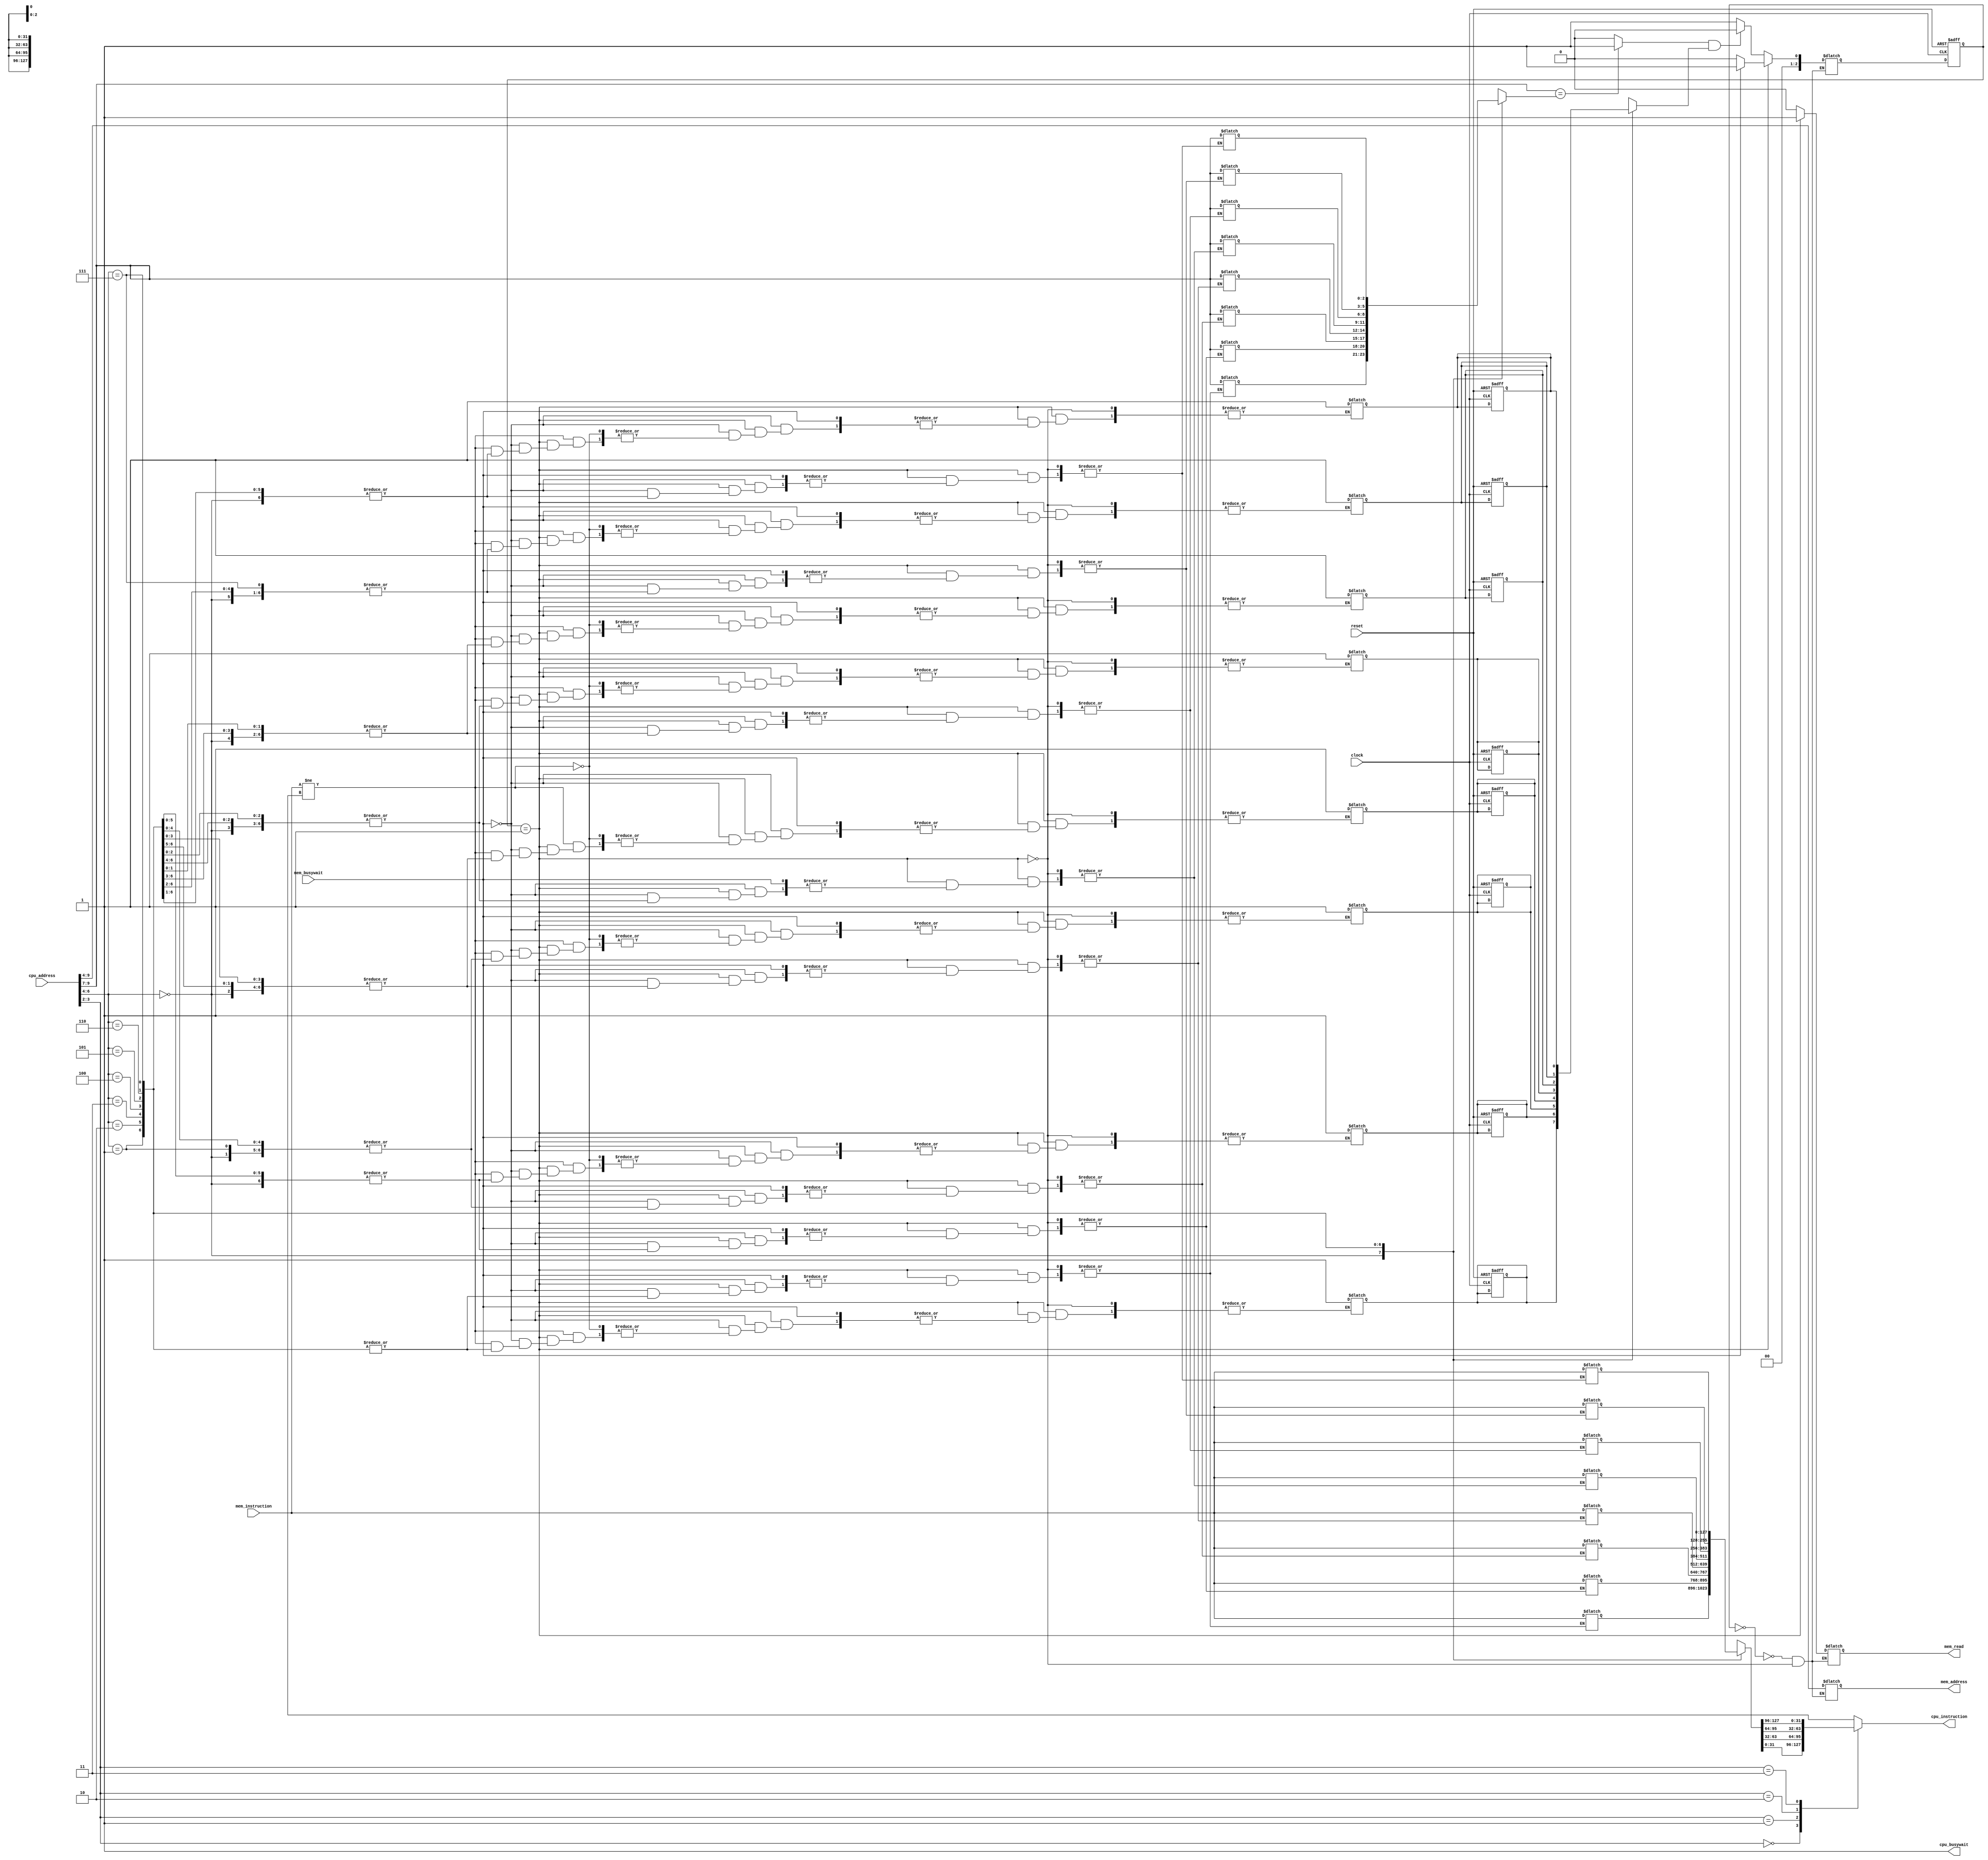
/*
CO224 - Computer Architecture
Lab 06 - Part 3 Instruction cache
Group 32
*/

`timescale 1ns/100ps
module instruction_cache (
    clock, reset, cpu_address, cpu_instruction,cpu_busywait, 
    mem_read, mem_address, mem_instruction, mem_busywait
);

//input port declaration
input clock;
input reset;

//inputs to instruction cache from CPU
input [9:0] cpu_address;

// outputs from instruction cache to CPU
output reg cpu_busywait;
output reg [31:0] cpu_instruction;

// inputs to instruction cache from Memory
input mem_busywait;
input [127:0] mem_instruction;

// outputs from instruction cache to Memory
output reg mem_read;
output reg [5:0] mem_address;

// wires and registers to send and store signals
reg tagMatch;   // checking if the tags match
wire [2:0] tag;     //wire for the tag
wire [2:0] index;   //wire for the index
wire [2:0] cache_tag;   //wire for the cache tag
wire [1:0] offset;  //wire for the offset
wire isHit;    // wire for is hit
reg [31:0] loaded_instruction;  // wire for instruction word delection 

// Arrays for the cache
reg validBitArray [7:0];    //array to store the valid bit
reg [2:0] tagArray [7:0];    //array to store the tag array
reg [127:0] instructionBlockArray [7:0];    //array to store the data block array

// decoding the address to get tag, index, and offset
assign #1 tag = cpu_address[9:7];
assign #1 index = cpu_address[6:4];
assign #1 offset = cpu_address[3:2];

// setting the busywait signal when there is a read 
always @(cpu_address) begin
    cpu_busywait = 1'b1;
end

// assigning the cache tag
assign cache_tag = tagArray[index];

// Doing the tag comparison
always @(index, cache_tag, tag) begin
    #0.9 // delay for tag comparison
    if (tag == cache_tag) begin
        tagMatch = 1;
    end
    else begin
        tagMatch = 0;
    end
end

// checking for a hit or a miss
assign isHit = tagMatch & validBitArray[index];

// reading the corresponding data value from the cache 
always @(*) begin
    case (offset)
        0: cpu_instruction = #1 instructionBlockArray[index][31:0];
        1: cpu_instruction = #1 instructionBlockArray[index][63:32];
        2: cpu_instruction = #1 instructionBlockArray[index][95:64];
        3: cpu_instruction = #1 instructionBlockArray[index][127:96];
    endcase
end

// changing the control signals when there is a hit
always @(clock) begin
    if (isHit) begin
        cpu_busywait = 0;   // de-asserting busywait signal to prevent CPU from stalling
    end
end

/* Cache Controller FSM Start */

// Defining the 2 states, IDLE, MEM_READ 
parameter IDLE = 3'b000, MEM_READ = 3'b001;
reg [2:0] state;    //register to hold the current state 
reg[2:0] next_state;    //register to hold the next state

// combinational next state logic
always @(*) begin
    case (state)
        IDLE:
            if (!isHit)  //condition for the transition to MEM_READ state
                next_state = MEM_READ;
            else
                next_state = IDLE;  //otherwise remaining in IDLE state
            
        MEM_READ:
            if (!mem_busywait)
                next_state = IDLE;  //moving back to IDLE when memory is not busy
            else    
                next_state = MEM_READ;  //otherwise remain in MEM_READ state
    endcase
end

// combinational output logic
//To determine the control signals and actions based on the current state
always @(*) begin
    case(state)
        IDLE: begin
            mem_read = 0;
            mem_address = 8'dx;
        end
         
        MEM_READ: begin
            mem_read = 1;   //to initiate a memory read
            mem_address = {tag, index}; // memory address set using tag and index values
            cpu_busywait = 1;   // to stall the cpu

            // when memory read is complete, cache is updated
            #1 if (mem_busywait == 0) begin
                instructionBlockArray[index] = mem_instruction;
                if (mem_instruction != 32'dx) validBitArray[index] = 1;
                tagArray[index] = tag;
            end
        end

    endcase
end

// sequential logic for state transitioning 
integer i;
always @(posedge clock or posedge reset) begin
    // when reset is asserted FSM transitions to the IDLE state
    // all entries in validBitArray are set to zero
    if (reset) begin
        state = IDLE;
        for (i = 0; i < 8; i = i + 1) begin
            validBitArray[i] = 0;
        end
    end
    else
        state = next_state; // otherwise FSM transitions to the next state
end

/* Cache Controller FSM End */
endmodule